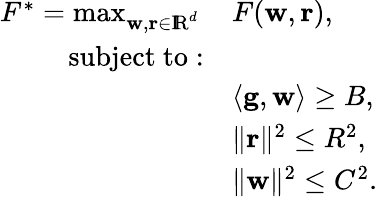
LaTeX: \begin{array}{rl}{F^{*}=\operatorname*{max}_{\mathbf w,\mathbf r\in\mathrm{I\! R}^{d}}\, }&{F(\mathbf w,\mathbf r),\; }\\ {\mathrm{subject~to:}}&{}\\ &{\langle\mathbf g,\mathbf w\rangle\geq B,}\\ &{\| \mathbf r\| ^{2}\leq R^{2},}\\ &{\| \mathbf w\| ^{2}\leq C^{2}.}\end{array}